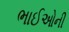
ભાઈઓની